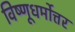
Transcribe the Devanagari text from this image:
विष्णूधर्मोत्तर